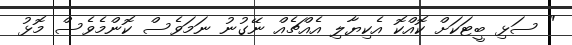
" ސަޅި ބީޓަކަށް ކޮއްކޮ އެކިޔާލި އެއްޗެއް ނޭގުނު ނަމަވެސް ކޮންމެވެސް މޮޅު